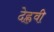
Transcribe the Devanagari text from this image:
देह्लवी